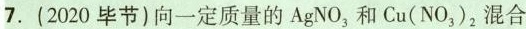
7.(2020毕节)向一定质量的AgNO3和Cu(NO3)，混合